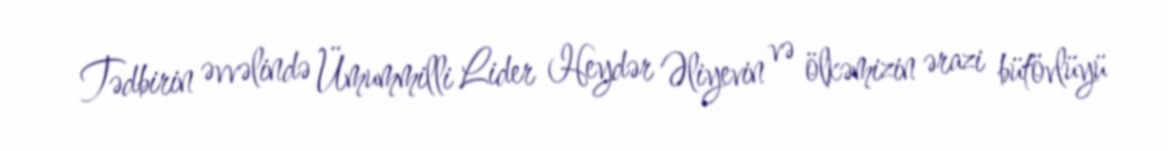
Tədbirin əvvəlində Ümummilli Lider Heydər Əliyevin və ölkəmizin ərazi bütövlüyü